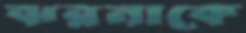
ঝরনাকে